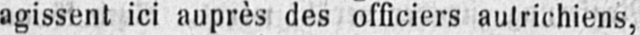
agissent ici auprès des officiers autrichiens,